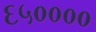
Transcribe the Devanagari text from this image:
६५००००